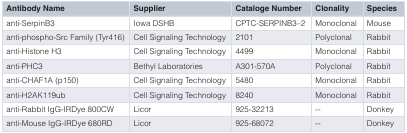
<table><thead><tr><td><b>Antibody Name</b></td><td><b>Supplier</b></td><td><b>Cataloge Number</b></td><td><b>Clonality</b></td><td><b>Species</b></td></tr></thead><tbody><tr><td>anti-SerpinB3</td><td>Iowa DSHB</td><td>CPTC-SERPINB3–2</td><td>Monoclonal</td><td>Mouse</td></tr><tr><td>anti-phospho-Src Family (Tyr416)</td><td>Cell Signaling Technology</td><td>2101</td><td>Polyclonal</td><td>Rabbit</td></tr><tr><td>anti-Histone H3</td><td>Cell Signaling Technology</td><td>4499</td><td>Monoclonal</td><td>Rabbit</td></tr><tr><td>anti-PHC3</td><td>Bethyl Laboratories</td><td>A301-570A</td><td>Polyclonal</td><td>Rabbit</td></tr><tr><td>anti-CHAF1A (p150)</td><td>Cell Signaling Technology</td><td>5480</td><td>Monoclonal</td><td>Rabbit</td></tr><tr><td>anti-H2AK119ub</td><td>Cell Signaling Technology</td><td>8240</td><td>Monoclonal</td><td>Rabbit</td></tr><tr><td>anti-Rabbit IgG-IRDye 800CW</td><td>Licor</td><td>925-32213</td><td>--</td><td>Donkey</td></tr><tr><td>anti-Mouse IgG-IRDye 680RD</td><td>Licor</td><td>925-68072</td><td>--</td><td>Donkey</td></tr></tbody></table>